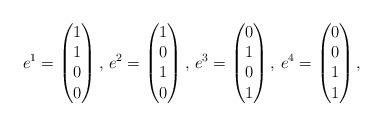
LaTeX: \begin{align*}e^1 = \begin{pmatrix} 1 \\ 1 \\ 0 \\ 0 \end{pmatrix}, \,e^2 = \begin{pmatrix} 1 \\ 0 \\ 1 \\ 0 \end{pmatrix}, \,e^3 = \begin{pmatrix} 0 \\ 1 \\ 0 \\ 1 \end{pmatrix}, \,e^4 = \begin{pmatrix} 0 \\ 0 \\ 1 \\ 1 \end{pmatrix},\end{align*}